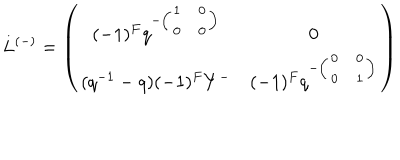
L ^ { ( - ) } = \left( \begin{array} { c c } { { ( - 1 ) ^ { F } q ^ { - \left( \begin{array} { c c } { { 1 } } & { { 0 } } \\ { { 0 } } & { { 0 } } \\ \end{array} \right) } } } & { { 0 } } \\ { { ( q ^ { - 1 } - q ) ( - 1 ) ^ { F } Y ^ { - } } } & { { ( - 1 ) ^ { F } q ^ { - \left( \begin{array} { c c } { { 0 } } & { { 0 } } \\ { { 0 } } & { { 1 } } \\ \end{array} \right) } } } \\ \end{array} \right)